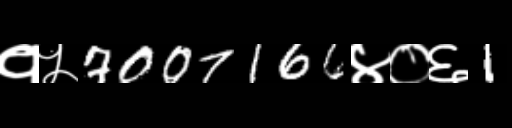
Text: १५7007166४०६1